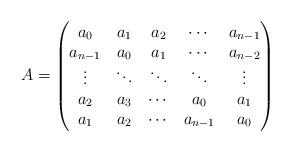
LaTeX: \begin{align*}A= \begin{pmatrix} a_0 & a_1& a_2 & \cdots & a_{n-1}\\ a_{n-1} & a_0&a_1&\cdots &a_{n-2}\\ \vdots & \ddots& \ddots& \ddots& \vdots\\ a_2 &a_3 & \cdots& a_0&a_1\\ a_1 & a_2 &\cdots &a_{n-1}& a_0\end{pmatrix}\end{align*}